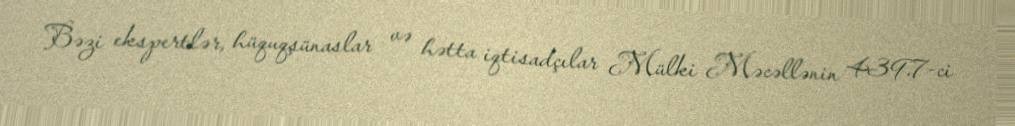
Bəzi ekspertlər, hüquqşünaslar və hətta iqtisadçılar Mülki Məcəllənin 439.7-ci